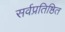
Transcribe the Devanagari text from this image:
सर्वप्रतिष्ठित